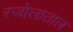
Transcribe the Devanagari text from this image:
रजोलाताल